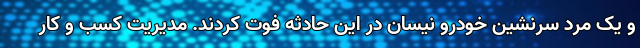
و یک مرد سرنشین خودرو نیسان در این حادثه فوت کردند. مدیریت کسب و کار